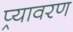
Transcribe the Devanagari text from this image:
प्र्यावरण